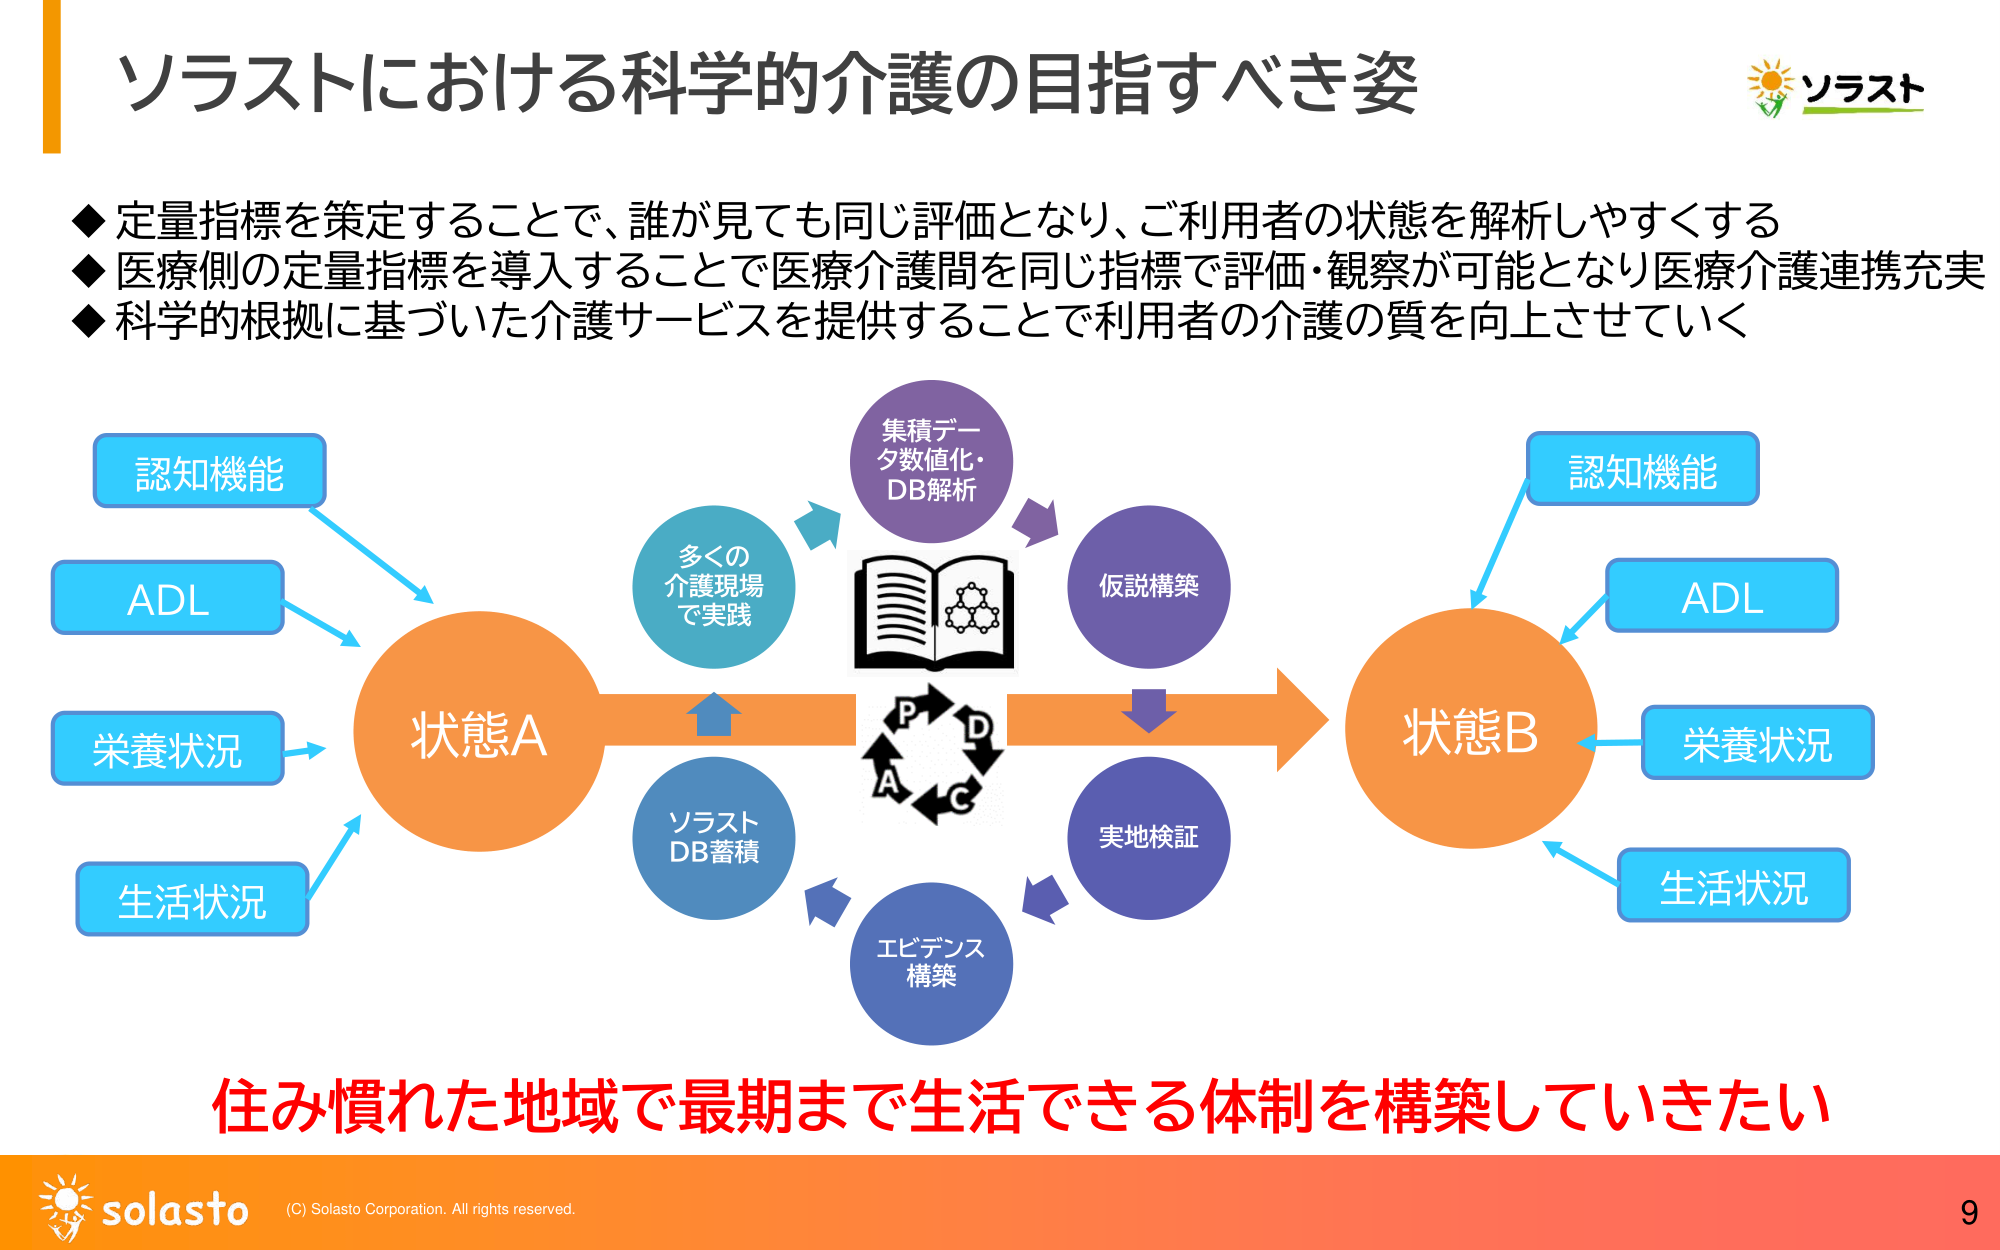
ソラストにおける科学的介護の目指すべき姿

◆定量指標を策定することで、誰が見ても同じ評価となり、ご利用者の状態を解析しやすくする
◆医療側の定量指標を導入することで医療介護間を同じ指標で評価・観察が可能となり医療介護連携充実
◆科学的根拠に基づいた介護サービスを提供することで利用者の介護の質を向上させていく

認知機能
ADL
栄養状況
生活状況

状態A

多くの
介護現場
で実践

集積データ数値化・
DB解析

仮説構築

P
D
C
A

実地検証

エビデンス
構築

ソラスト
DB蓄積

状態B

認知機能
ADL
栄養状況
生活状況

住み慣れた地域で最期まで生活できる体制を構築していきたい

solasto (C) Solasto Corporation. All rights reserved.
9

ソラスト